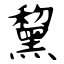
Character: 黧